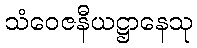
သံဝေဇနီယဋ္ဌာနေသု